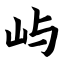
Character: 屿